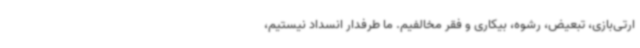
ارتی‌بازی، تبعیض، رشوه، بیکاری و فقر مخالفیم. ما طرفدار انسداد نیستیم،